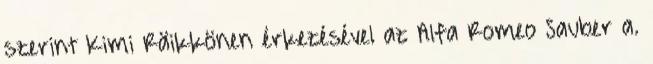
szerint Kimi Räikkönen érkezésével az Alfa Romeo Sauber a.